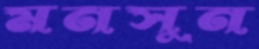
মনসুন